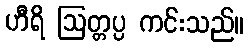
ဟီရိ ဩတ္တပ္ပ ကင်းသည်။